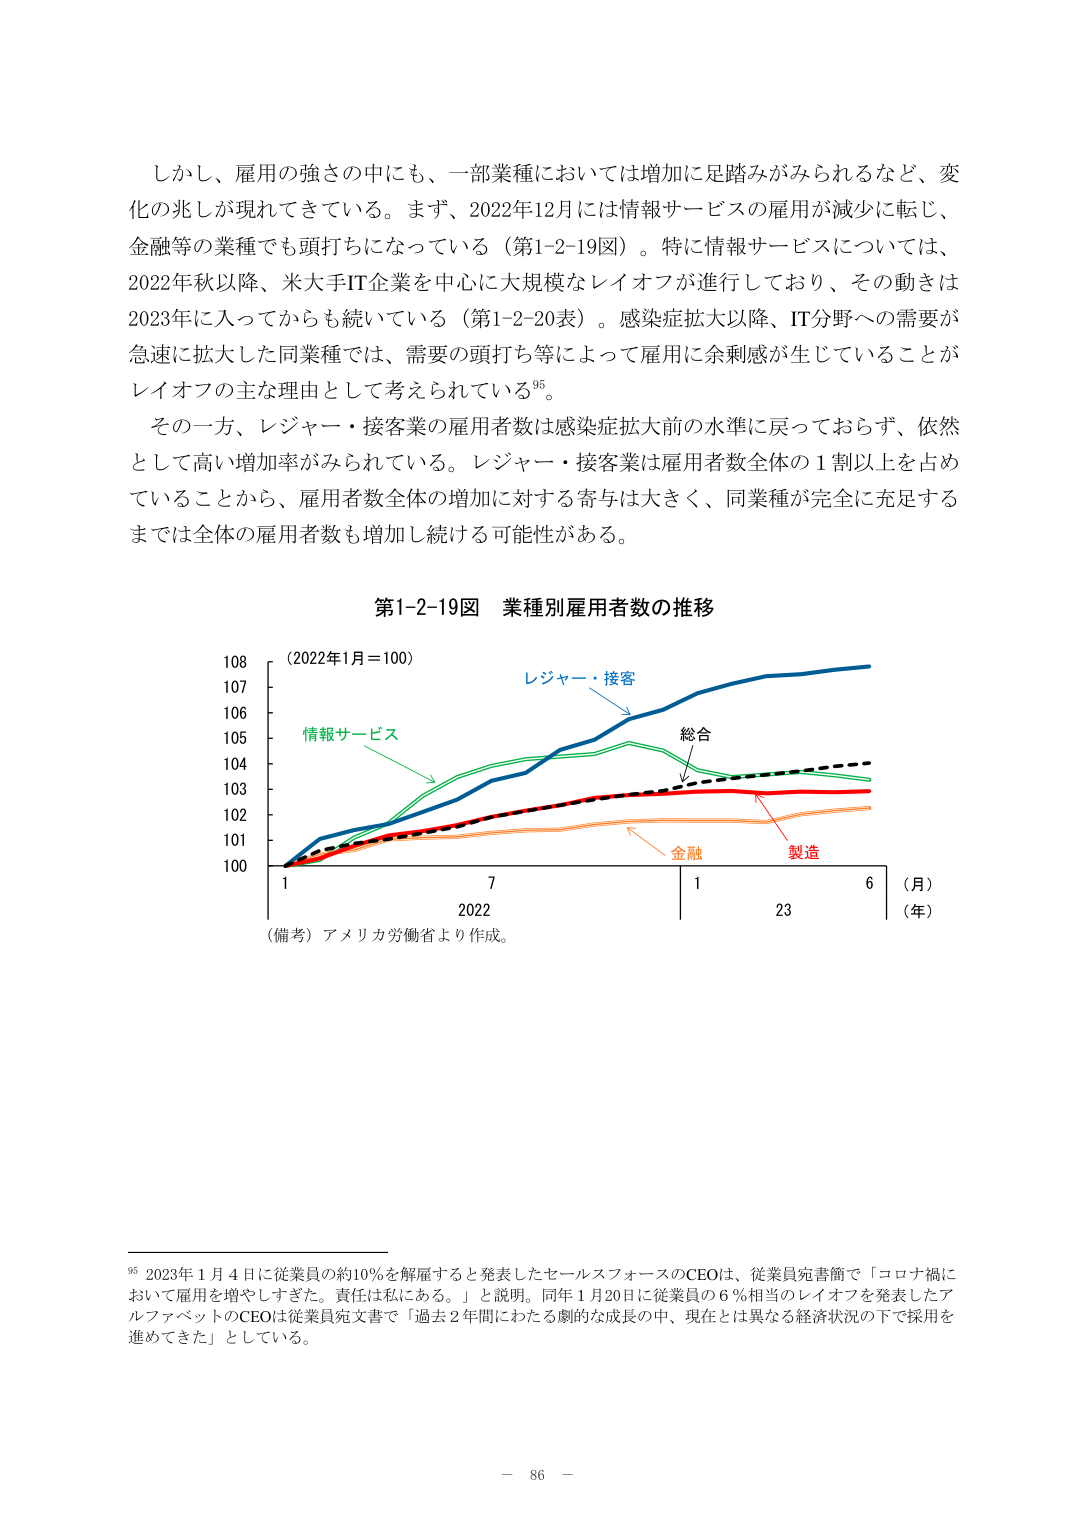
しかし、雇用の強さの中にも、一部業種においては増加に足踏みがみられるなど、変化の兆しが現れてきている。まず、2022年12月には情報サービスの雇用が減少に転じ、金融等の業種でも頭打ちになっている（第1-2-19図）。特に情報サービスについては、2022年秋以降、米大手IT企業を中心に大規模なレイオフが進行しており、その動きは2023年に入ってからも続いている（第1-2-20表）。感染症拡大以降、IT分野への需要が急速に拡大した同業種では、需要の頭打ち等によって雇用に余剰感が生じていることがレイオフの主な理由として考えられている95。

その一方、レジャー・接客業の雇用者数は感染症拡大前の水準に戻っておらず、依然として高い増加率がみられている。レジャー・接客業は雇用者数全体の1割以上を占めていることから、雇用者数全体の増加に対する寄与は大きく、同業種が完全に充足するまでは全体の雇用者数も増加し続ける可能性がある。

第1-2-19図 業種別雇用者数の推移

（2022年1月＝100）
108
107
106
105
104
103
102
101
100
1       7       1       6
（月）
2022       23
（年）
レジャー・接客
情報サービス
総合
金融
製造
（備考）アメリカ労働省より作成。

95 2023年1月4日に従業員の約10％を解雇すると発表したセールスフォースのCEOは、従業員宛書簡で「コロナ禍において雇用を増やしてきた。責任は私にある。」と説明。同年1月20日に従業員の6％相当のレイオフを発表したアルファベットのCEOは従業員宛文書で「過去2年間にわたる劇的な成長の中、現在とは異なる経済状況の下で採用を進めてきた」としている。

－ 86 －